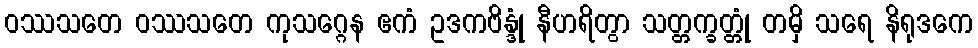
ဝဿသတေ ဝဿသတေ ကုသဂ္ဂေန ဧကံ ဥဒကဗိန္ဒုံ နီဟရိတွာ သတ္တက္ခတ္တုံ တမှိ သရေ နိရုဒကေ